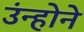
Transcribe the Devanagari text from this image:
उंन्होने